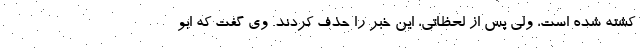
کشته شده است، ولی پس از لحظاتی، این خبر را حذف کردند. وی گفت که ابو